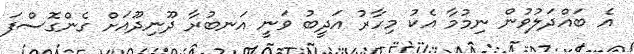
އެ ބައްދަލުވުން ނިމުމާ އެކު މިހާރު އަދީބު ވަނީ އަނބުރާ ދޫނިދޫއަށް ގެންގޮސްފަ